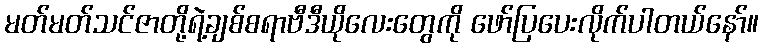
မတ်မတ်သင်ဇာတို့ရဲ့ချစ်စရာဗီဒီယိုလေးတွေကို ဖော်ပြပေးလိုက်ပါတယ်နော်။